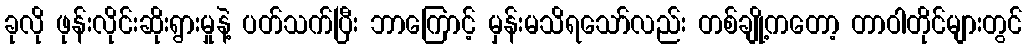
ခုလို ဖုန်းလိုင်းဆိုးရွားမှုနဲ့ ပတ်သက်ပြီး ဘာကြောင့် မှန်းမသိရသော်လည်း တစ်ချို့ကတော့ တာဝါတိုင်များတွင်